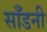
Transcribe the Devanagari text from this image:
साँडनी